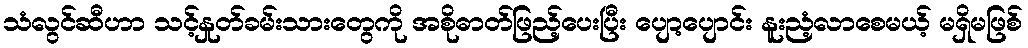
သံလွင်ဆီဟာ သင့်နှုတ်ခမ်းသားတွေကို အစိုဓာတ်ဖြည့်ပေးပြီး ပျော့ပျောင်း နူးညံ့လာစေမယ့် မရှိမဖြစ်